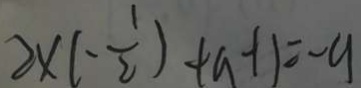
2 \times ( - \frac { 1 } { 2 } ) + a - 1 1 = - 9